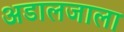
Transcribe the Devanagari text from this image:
अडालजाला